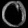
Digit: ၀